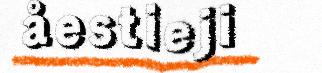
åestieji